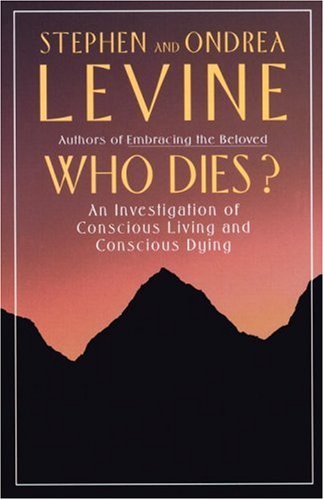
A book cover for Who Dies?: An Investigation of Conscious Living and Conscious Dying; Stephen Levine; Self-Help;